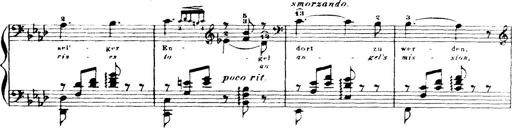
Title: Wagner-Liszt Album
Composer: Franz Liszt